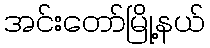
အင်းတော်မြို့နယ်